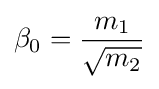
\beta _{0}={\frac {m_{1}}{\sqrt {m_{2}}}}